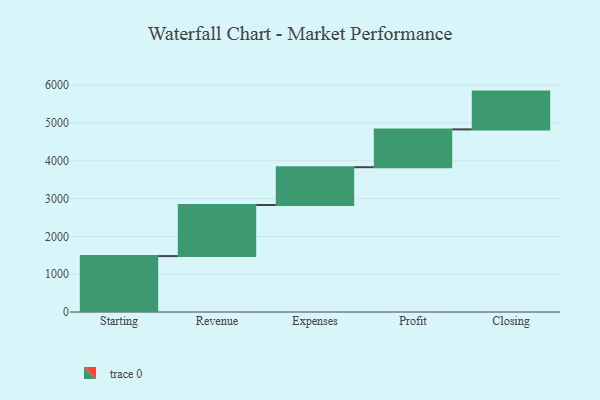
{"axis": {"x": "Step", "y": "Value"}, "legend": [""], "data": [{"x": "Starting", "y": 1479.0, "type": ""}, {"x": "Revenue", "y": 1352.0, "type": ""}, {"x": "Expenses", "y": 1000, "type": ""}, {"x": "Profit", "y": 1000, "type": ""}, {"x": "Closing", "y": 1000, "type": ""}]}